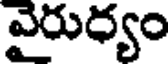
వైరుధ్యం